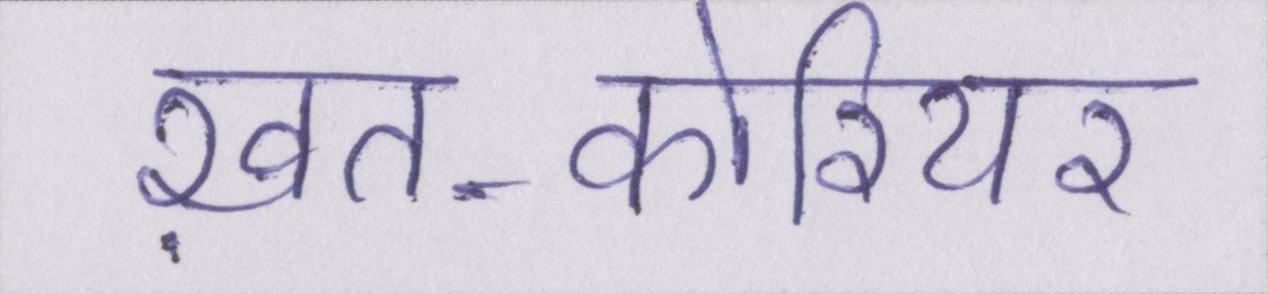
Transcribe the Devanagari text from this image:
ख़त-कोरियर